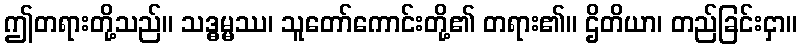
ဤတရားတို့သည်။ သဒ္ဓမ္မဿ၊ သူတော်ကောင်းတို့၏ တရား၏။ ဌိတိယာ၊ တည်ခြင်းငှာ။